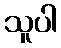
သူပါ